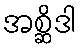
အစ္ဆိဒါ